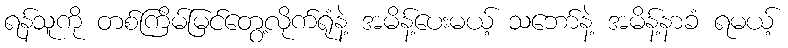
ရန်သူကို တစ်ကြိမ်မြင်တွေ့လိုက်ရုံနဲ့ အမိန့်ပေးမယ့် သဘော်နဲ့ အမိန့်နာခံ ရမယ့်